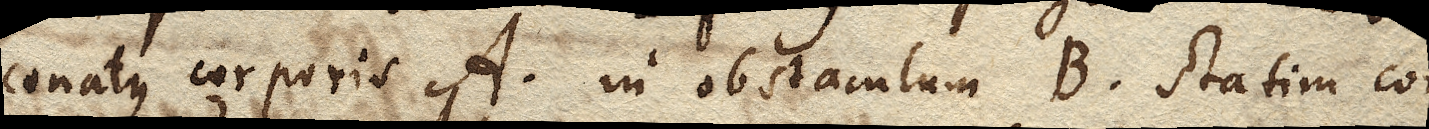
conatus corporis A. in obstaculum B. statim con